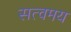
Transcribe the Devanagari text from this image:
सत्वमय